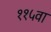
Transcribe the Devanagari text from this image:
११५वा